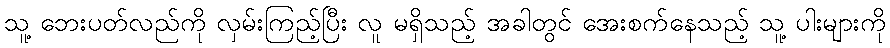
သူ့ ဘေးပတ်လည်ကို လှမ်းကြည့်ပြီး လူ မရှိသည့် အခါတွင် အေးစက်နေသည့် သူ့ ပါးများကို